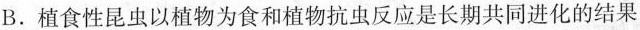
B.植食性昆虫以植物为食和植物抗虫反应是长期共同进化的结果